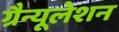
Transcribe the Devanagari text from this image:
ग्रैन्यूलेशन